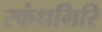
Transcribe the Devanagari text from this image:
स्‍कंधगिरि